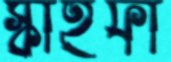
স্কাইফা